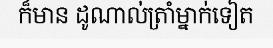
ក៏មាន ដូណាល់ត្រាំម្នាក់ទៀត